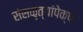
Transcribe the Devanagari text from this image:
संस्कृत्यांपेक्षा